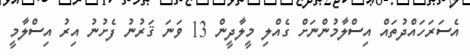
އެސަރަހައްދުތައް އިސްލާމުންނަށް ގެއްލި މީލާދީން 13 ވަނަ ޤަރުނު ފެށުނު އިރު އިސްލާމީ